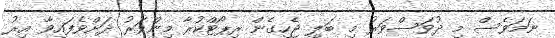
ނަމަވެސް މި ދުވަސްވަރު މި ބަލި ޖެހިގެން ރިޕޯޓްކުރާ މިންވަރު ދަށްވެފައިވާ އިރު